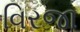
વિરજા